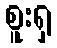
စူးရှ